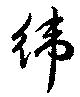
緯